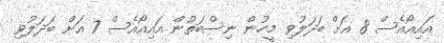
އައިއޯއެސް 8 އަށް ބަދަލުވި މީހުން ނިސްބަތުން އައިއޯއެސް 7 އަށް ބަދަލުވި